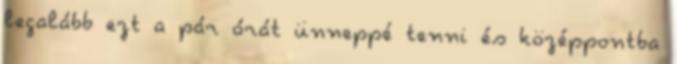
legalább ezt a pár órát ünneppé tenni és középpontba